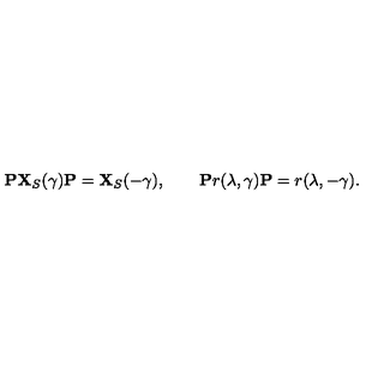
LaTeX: { \bf P } { \bf X } _ { S } ( \gamma ) { \bf P } = { \bf X } _ { S } ( - \gamma ) , \qquad { \bf P } r ( \lambda , \gamma ) { \bf P } = r ( \lambda , - \gamma ) .